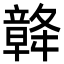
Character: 𥪴